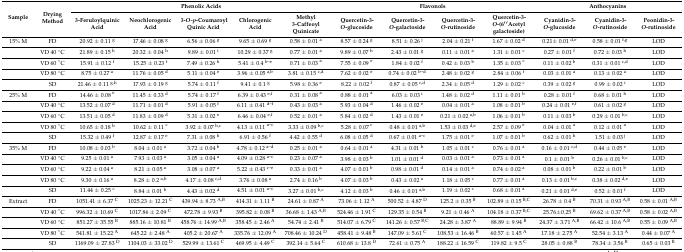
<table><thead><tr><td rowspan="2"><b>Sample</b></td><td rowspan="2"><b>Drying Method</b></td><td colspan="5"><b>Phenolic Acids</b></td><td colspan="4"><b>Flavonols</b></td><td colspan="3"><b>Anthocyanins</b></td></tr><tr><td><b>3-Feruloylquinic Acid</b></td><td><b>Neochlorogenic Acid</b></td><td><b>3-<i>O-p</i>-Coumaroyl Quinic Acid</b></td><td><b>Chlorogenic Acid</b></td><td><b>Methyl 3-Caffeoyl Quinicate</b></td><td><b>Quercetin-3-<i>O</i>-glucoside</b></td><td><b>Quercetin-3-<i>O</i>-galactoside</b></td><td><b>Quercetin-3-<i>O</i>-rutinoside</b></td><td><b>Quercetin-3-<i>O</i>-(6′′Acetyl galactoside)</b></td><td><b>Cyanidin-3-<i>O</i>-glucoside</b></td><td><b>Cyanidin-3-<i>O</i>-rutinoside</b></td><td><b>Peonidin-3-<i>O</i>-rutinoside</b></td></tr></thead><tbody><tr><td>15% M</td><td>FD</td><td>20.92 ± 0.11 <sup>g</sup></td><td>17.46 ± 0.08 <sup>g</sup></td><td>6.56 ± 0.06 <sup>g</sup></td><td>9.65 ± 0.69 <sup>g</sup></td><td>0.58 ± 0.01 <sup>a</sup></td><td>8.57 ± 0.24 <sup>g</sup></td><td>8.51 ± 0.26 <sup>j</sup></td><td>2.04 ± 0.21 <sup>f</sup></td><td>1.67 ± 0.02 <sup>d</sup></td><td>0.21± 0.01 <sup>d,e</sup></td><td>0.58 ± 0.01 <sup>f,g</sup></td><td>LOD</td></tr><tr><td></td><td>VD 40 °C</td><td>21.89 ± 0.15 <sup>h</sup></td><td>20.32 ± 0.04 <sup>h</sup></td><td>9.89 ± 0.01 <sup>i</sup></td><td>10.29 ± 0.37 <sup>g</sup></td><td>0.77 ± 0.01 <sup>a</sup></td><td>9.89 ± 0.07 <sup>h</sup></td><td>2.43 ± 0.01 <sup>g</sup></td><td>0.11 ± 0.01 <sup>a</sup></td><td>1.31 ± 0.01 <sup>c</sup></td><td>0.27 ± 0.01 <sup>f</sup></td><td>0.72 ± 0.03 <sup>h</sup></td><td>LOD</td></tr><tr><td></td><td>VD 60 °C</td><td>15.91 ± 0.12 <sup>f</sup></td><td>15.25 ± 0.23 <sup>f</sup></td><td>7.49 ± 0.26 <sup>h</sup></td><td>5.41 ± 0.4 <sup>b–e</sup></td><td>0.71 ± 0.03 <sup>a</sup></td><td>7.55 ± 0.09 <sup>e</sup></td><td>1.84 ± 0.02 <sup>f</sup></td><td>0.42 ± 0.03 <sup>b</sup></td><td>1.35 ± 0.03 <sup>c</sup></td><td>0.11 ± 0.02 <sup>b</sup></td><td>0.31 ± 0.01 <sup>c,d</sup></td><td>LOD</td></tr><tr><td></td><td>VD 80 °C</td><td>8.75 ± 0.27 <sup>a</sup></td><td>11.76 ± 0.05 <sup>d</sup></td><td>5.11 ± 0.04 <sup>e</sup></td><td>3.96 ± 0.05 <sup>a,b</sup></td><td>3.81 ± 0.15 <sup>c,d</sup></td><td>7.62 ± 0.02 <sup>e</sup></td><td>0.74 ± 0.02 <sup>b–d</sup></td><td>2.48 ± 0.02 <sup>g</sup></td><td>2.84 ± 0.06 <sup>f</sup></td><td>0.03 ± 0.01 <sup>a</sup></td><td>0.13 ± 0.02 <sup>a</sup></td><td>LOD</td></tr><tr><td></td><td>SD</td><td>21.46 ± 0.11 <sup>g,h</sup></td><td>17.93 ± 0.19 <sup>g</sup></td><td>5.74 ± 0.11 <sup>f</sup></td><td>9.41 ± 0.1 <sup>g</sup></td><td>5.98 ± 0.36 <sup>e</sup></td><td>8.22 ± 0.02 <sup>f</sup></td><td>0.87 ± 0.05 <sup>c,d</sup></td><td>2.34 ± 0.05 <sup>d</sup></td><td>1.29 ± 0.02 <sup>c</sup></td><td>0.39 ± 0.02 <sup>g</sup></td><td>0.99 ± 0.02 <sup>i</sup></td><td>LOD</td></tr><tr><td>25% M</td><td>FD</td><td>14.46 ± 0.08 <sup>e</sup></td><td>11.45 ± 0.33 <sup>d</sup></td><td>5.74 ± 0.17 <sup>f</sup></td><td>6.39 ± 0.43 <sup>e,f</sup></td><td>0.31 ± 0.08 <sup>a</sup></td><td>0.88 ± 0.01 <sup>a</sup></td><td>6.03 ± 0.03 <sup>i</sup></td><td>1.48 ± 0.02 <sup>d</sup></td><td>1.11 ± 0.01 <sup>b</sup></td><td>0.28 ± 0.01 <sup>f</sup></td><td>0.68 ± 0.01 <sup>h</sup></td><td>LOD</td></tr><tr><td></td><td>VD 40 °C</td><td>13.52 ± 0.07 <sup>d</sup></td><td>11.71 ± 0.01 <sup>d</sup></td><td>5.91 ± 0.05 <sup>f</sup></td><td>6.11 ± 0.41 <sup>d–f</sup></td><td>0.43 ± 0.03 <sup>a</sup></td><td>5.93 ± 0.04 <sup>d</sup></td><td>1.46 ± 0.02 <sup>e</sup></td><td>0.04 ± 0.01 <sup>a</sup></td><td>1.08 ± 0.01 <sup>b</sup></td><td>0.24 ± 0.01 <sup>e,f</sup></td><td>0.61 ± 0.02 <sup>g</sup></td><td>LOD</td></tr><tr><td></td><td>VD 60 °C</td><td>13.51 ± 0.05 <sup>d</sup></td><td>11.83 ± 0.09 <sup>d</sup></td><td>5.31 ± 0.02 <sup>e</sup></td><td>6.46 ± 0.04 <sup>e,f</sup></td><td>0.52 ± 0.01 <sup>a</sup></td><td>5.84 ± 0.02 <sup>d</sup></td><td>1.43 ± 0.01 <sup>e</sup></td><td>0.21 ± 0.02 <sup>a,b</sup></td><td>1.06 ± 0.01 <sup>b</sup></td><td>0.11 ± 0.03 <sup>b</sup></td><td>0.29 ± 0.01 <sup>b,c</sup></td><td>LOD</td></tr><tr><td></td><td>VD 80 °C</td><td>10.65 ± 0.18 <sup>b</sup></td><td>10.62 ± 0.11 <sup>c</sup></td><td>3.92 ± 0.07 <sup>b,c</sup></td><td>4.13 ± 0.11 <sup>a–c</sup></td><td>3.33 ± 0.09 <sup>b,c</sup></td><td>5.28 ± 0.07 <sup>c</sup></td><td>0.48 ± 0.01 <sup>a,b</sup></td><td>1.53 ± 0.03 <sup>d,e</sup></td><td>2.57 ± 0.09 <sup>e</sup></td><td>0.04 ± 0.01 <sup>a</sup></td><td>0.12 ± 0.01 <sup>a</sup></td><td>LOD</td></tr><tr><td></td><td>SD</td><td>15.32 ± 0.49 <sup>f</sup></td><td>12.87 ± 0.17 <sup>e</sup></td><td>7.31 ± 0.08 <sup>h</sup></td><td>6.91 ± 0.56 <sup>f</sup></td><td>4.42 ± 0.55 <sup>d</sup></td><td>6.08 ± 0.05 <sup>d</sup></td><td>0.67 ± 0.01 <sup>a–c</sup></td><td>1.75 ± 0.01 <sup>e</sup></td><td>1.07 ± 0.01 <sup>b</sup></td><td>0.62 ± 0.01 <sup>h</sup></td><td>1.51 ± 0.03 <sup>j</sup></td><td>LOD</td></tr><tr><td>35% M</td><td>FD</td><td>10.08 ± 0.03 <sup>b</sup></td><td>8.04 ± 0.01 <sup>a</sup></td><td>3.72 ± 0.04 <sup>b</sup></td><td>4.78 ± 0.12 <sup>a–d</sup></td><td>0.25 ± 0.01 <sup>a</sup></td><td>0.64 ± 0.01 <sup>a</sup></td><td>4.31 ± 0.01 <sup>h</sup></td><td>1.05 ± 0.01 <sup>c</sup></td><td>0.76 ± 0.01 <sup>a</sup></td><td>0.16 ± 0.01 <sup>c,d</sup></td><td>0.44 ± 0.05 <sup>e</sup></td><td>LOD</td></tr><tr><td></td><td>VD 40 °C</td><td>9.25 ± 0.01 <sup>a</sup></td><td>7.93 ± 0.03 <sup>a</sup></td><td>3.05 ± 0.04 <sup>a</sup></td><td>4.09 ± 0.28 <sup>a–c</sup></td><td>0.23 ± 0.07 <sup>a</sup></td><td>3.98 ± 0.03 <sup>b</sup></td><td>1.01 ± 0.01 <sup>d</sup></td><td>0.03 ± 0.01 <sup>a</sup></td><td>0.73 ± 0.01 <sup>a</sup></td><td>0.1 ± 0.01 <sup>b</sup></td><td>0.26 ± 0.01 <sup>b,c</sup></td><td>LOD</td></tr><tr><td></td><td>VD 60 °C</td><td>9.22 ± 0.04 <sup>a</sup></td><td>8.21 ± 0.05 <sup>a</sup></td><td>3.08 ± 0.07 <sup>a</sup></td><td>5.22 ± 0.43 <sup>c–e</sup></td><td>0.33 ± 0.01 <sup>a</sup></td><td>4.07 ± 0.01 <sup>b</sup></td><td>0.98 ± 0.01 <sup>d</sup></td><td>0.14 ± 0.01 <sup>a</sup></td><td>0.74 ± 0.02 <sup>a</sup></td><td>0.08 ± 0.01 <sup>b</sup></td><td>0.22 ± 0.01 <sup>b</sup></td><td>LOD</td></tr><tr><td></td><td>VD 80 °C</td><td>9.30 ± 0.16 <sup>a</sup></td><td>8.28 ± 0.2 <sup>a,b</sup></td><td>4.17 ± 0.08 <sup>c,d</sup></td><td>3.76 ± 0.08 <sup>a</sup></td><td>2.74 ± 0.16 <sup>b</sup></td><td>4.07 ± 0.03 <sup>b</sup></td><td>0.43 ± 0.02 <sup>a</sup></td><td>1.18 ± 0.05 <sup>c</sup></td><td>0.77 ± 0.01 <sup>a</sup></td><td>0.13 ± 0.01 <sup>b,c</sup></td><td>0.38 ± 0.02 <sup>d,e</sup></td><td>LOD</td></tr><tr><td></td><td>SD</td><td>11.44 ± 0.25 <sup>c</sup></td><td>8.84 ± 0.01 <sup>b</sup></td><td>4.43 ± 0.02 <sup>d</sup></td><td>4.51 ± 0.01 <sup>a–c</sup></td><td>3.27 ± 0.01 <sup>b,c</sup></td><td>4.12 ± 0.03 <sup>b</sup></td><td>0.46 ± 0.01 <sup>a,b</sup></td><td>1.19 ± 0.02 <sup>c</sup></td><td>0.68 ± 0.01 <sup>a</sup></td><td>0.21 ± 0.01 <sup>d,e</sup></td><td>0.52 ± 0.01 <sup>f</sup></td><td>LOD</td></tr><tr><td>Extract</td><td>FD</td><td>1051.41 ± 6.37 <sup>C</sup></td><td>1025.23 ± 12.21 <sup>C</sup></td><td>439.94 ± 8.73 <sup>A,B</sup></td><td>414.31 ± 1.11 <sup>B</sup></td><td>24.61 ± 0.87 <sup>A</sup></td><td>73.06 ± 1.12 <sup>A</sup></td><td>500.52 ± 4.87 <sup>D</sup></td><td>125.2 ± 0.35 <sup>B</sup></td><td>102.89 ± 0.15 <sup>B,C</sup></td><td>26.78 ± 0.4 <sup>B</sup></td><td>70.31 ± 0.93 <sup>A,B</sup></td><td>0.58 ± 0.01 <sup>A,B</sup></td></tr><tr><td></td><td>VD 40 °C</td><td>996.32 ± 10.69 <sup>C</sup></td><td>1017.86 ± 2.09 <sup>C</sup></td><td>472.78 ± 9.93 <sup>B</sup></td><td>395.82 ± 0.08 <sup>B</sup></td><td>36.68 ± 1.43 <sup>A,B</sup></td><td>524.46 ± 1.91 <sup>C</sup></td><td>129.35 ± 0.54 <sup>B</sup></td><td>9.21 ± 0.46 <sup>A</sup></td><td>104.18 ± 0.37 <sup>B,C</sup></td><td>25.76±0.25 <sup>B</sup></td><td>69.62 ± 0.37 <sup>A,B</sup></td><td>0.58 ± 0.02 <sup>A,B</sup></td></tr><tr><td></td><td>VD 60 °C</td><td>851.27 ± 35.55 <sup>B</sup></td><td>885.16 ± 10.81 <sup>B</sup></td><td>458.76 ± 14.99 <sup>A,B</sup></td><td>358.45 ± 2.46 <sup>A</sup></td><td>54.74 ± 2.41 <sup>B</sup></td><td>514.07 ± 6.79 <sup>C</sup></td><td>141.26 ± 0.57 <sup>B,C</sup></td><td>24.28 ± 3.87 <sup>A</sup></td><td>88.89 ± 9.94 <sup>B</sup></td><td>24.37 ± 3.71 <sup>A,B</sup></td><td>66.42 ± 10.6 <sup>A,B</sup></td><td>0.55 ± 0.09 <sup>A,B</sup></td></tr><tr><td></td><td>VD 80 °C</td><td>541.81 ± 15.22 <sup>A</sup></td><td>645.22 ± 2.48 <sup>A</sup></td><td>405.2 ± 20.67 <sup>A</sup></td><td>335.76 ± 12.09 <sup>A</sup></td><td>708.46 ± 10.24 <sup>D</sup></td><td>458.41 ± 9.48 <sup>B</sup></td><td>147.09 ± 5.61 <sup>C</sup></td><td>108.53 ± 16.46 <sup>B</sup></td><td>60.57 ± 1.45 <sup>A</sup></td><td>17.18 ± 2.75 <sup>A</sup></td><td>52.54 ± 3.13 <sup>A</sup></td><td>0.44 ± 0.07 <sup>A</sup></td></tr><tr><td></td><td>SD</td><td>1169.09 ± 27.83 <sup>D</sup></td><td>1104.03 ± 33.02 <sup>D</sup></td><td>529.99 ± 13.61 <sup>C</sup></td><td>469.95 ± 4.49 <sup>C</sup></td><td>392.14 ± 5.64 <sup>C</sup></td><td>610.68 ± 13.8 <sup>D</sup></td><td>72.61 ± 0.75 <sup>A</sup></td><td>188.22 ± 16.59 <sup>C</sup></td><td>119.82 ± 9.5 <sup>C</sup></td><td>28.05 ± 0.88 <sup>B</sup></td><td>78.34 ± 3.56 <sup>B</sup></td><td>0.65 ± 0.03 <sup>B</sup></td></tr></tbody></table>